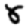
Digit: 8